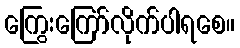
ကြွေးကြော်လိုက်ပါရစေ။